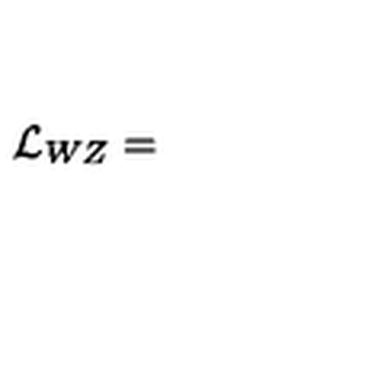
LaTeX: \mathcal { L } _ { W Z } =